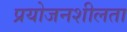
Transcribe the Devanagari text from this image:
प्रयोजनशीलता